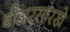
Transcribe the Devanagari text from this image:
बीअरसारखे